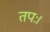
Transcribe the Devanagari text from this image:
तपः।